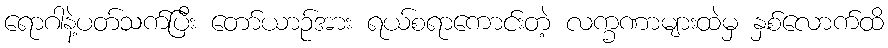
ရောဂါနဲ့ပတ်သက်ပြီး တော်ယာဉ်အား ရယ်စရာကောင်းတဲ့ လက္ခဏာများထဲမှ နှစ်လောက်ထိ